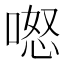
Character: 𭉏